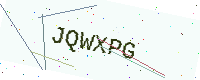
Text: JQWXPG